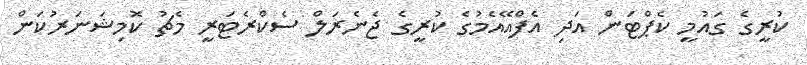
ކުރީގެ ގައުމީ ކެޕްޓަން އަދި އެފްއޭއެމުގެ ކުރީގެ ޖެނެރަލް ސެކްރެޓަރީ މެޗު ކޮމިޝަނަރުކަން